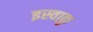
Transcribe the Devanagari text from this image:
इस्वाकु